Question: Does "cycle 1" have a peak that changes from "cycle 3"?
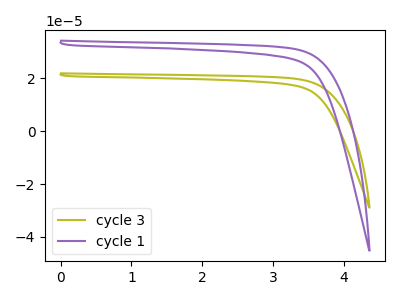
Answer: <think>The olive curve "cycle 3" has no peaks. The purple curve "cycle 1" has no peaks.
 Neither "cycle 1" or "cycle 3" have any peaks.</think>
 <answer>No, "cycle 1" and "cycle 3" don't appear to be significantly different in shape</answer>
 <eval>no_change</eval>